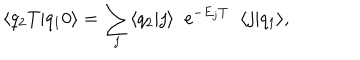
LaTeX: \langle q _ { 2 } T | q _ { 1 } 0 \rangle = \sum _ { j } \langle q _ { 2 } | j \rangle \; \; \mathrm { e } ^ { - E _ { j } T } \; \; \langle j | q _ { 1 } \rangle ,